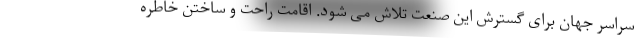
سراسر جهان برای گسترش این صنعت تلاش می شود. اقامت راحت و ساختن خاطره